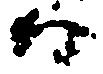
口